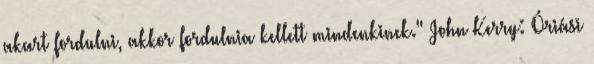
akart fordulni, akkor fordulnia kellett mindenkinek." John Kerry: Óriási